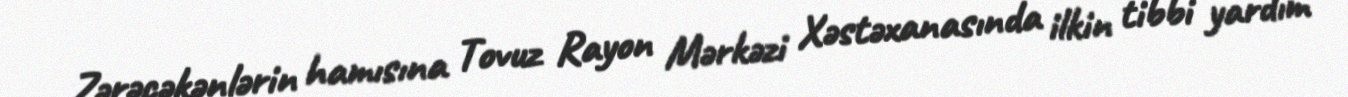
Zərəçəkənlərin hamısına Tovuz Rayon Mərkəzi Xəstəxanasında ilkin tibbi yardım